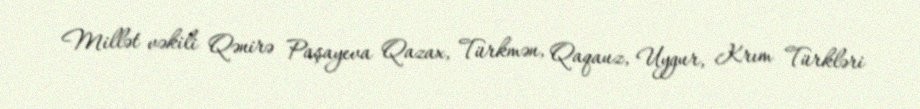
Millət vəkili Qənirə Paşayeva Qazax, Türkmən, Qaqauz, Uygur, Krım Türkləri